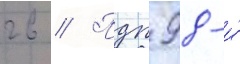
гв // Пдп 98-и́